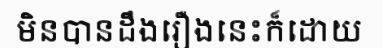
មិនបានដឹងរឿងនេះក៏ដោយ